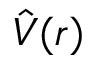
\hat { V } ( \boldsymbol { r } )